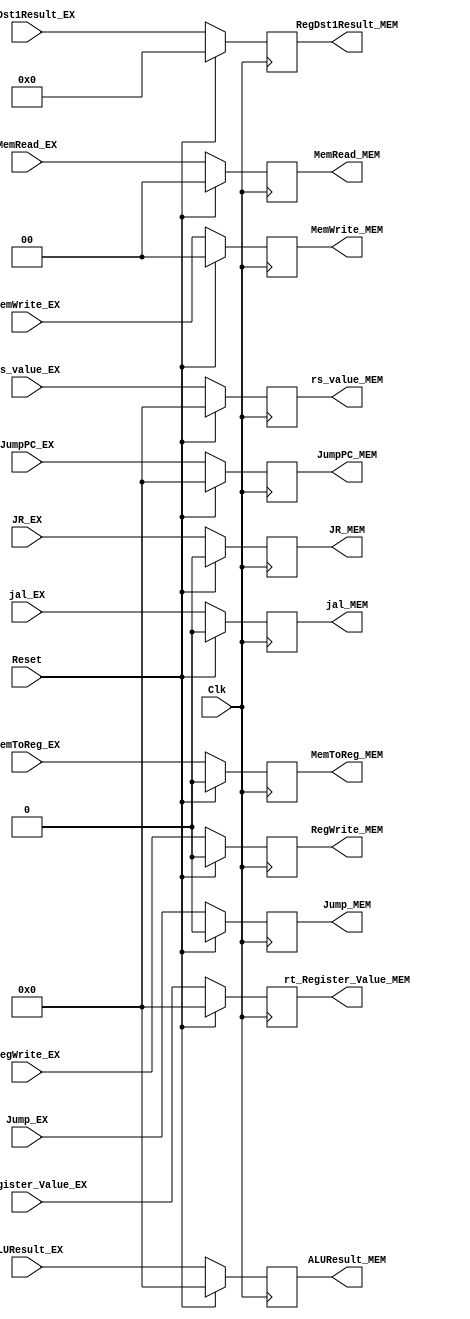
`timescale 1ns / 1ps

// input ALUResult, Zero flag, output of RegDst Mux, Rt_register_value from readdata2, PCPlusOffset
// need branch, MemWrite, MemToReg, MemRead, PCSrc(?)

module EX_MEM_Reg(ALUResult_EX, /*PCPlusOffset_EX,*/ rt_Register_Value_EX,
 RegDst1Result_EX, /*Zero_EX,*/ MemWrite_EX, MemToReg_EX, MemRead_EX, /*Branch_EX,*/ RegWrite_EX, jal_EX, Jump_EX, JR_EX, JumpPC_EX, rs_value_EX,
 ALUResult_MEM, /*PCPlusOffset_MEM,*/ rt_Register_Value_MEM,
 RegDst1Result_MEM, /*Zero_MEM,*/ MemWrite_MEM, MemToReg_MEM, MemRead_MEM, /*Branch_MEM,*/ RegWrite_MEM, jal_MEM, Jump_MEM, JR_MEM, JumpPC_MEM, rs_value_MEM, Clk, Reset);

input Reset;
input Clk;
input /*Branch_EX,*/ MemToReg_EX, /*Zero_EX,*/ RegWrite_EX, jal_EX, Jump_EX, JR_EX; // control signals
input [1:0] MemRead_EX, MemWrite_EX;
input [4:0] RegDst1Result_EX;
input [31:0] ALUResult_EX, rt_Register_Value_EX, /*PCPlusOffset_EX,*/ JumpPC_EX, rs_value_EX;

output reg /*Branch_MEM,*/ MemToReg_MEM, /*Zero_MEM,*/ RegWrite_MEM;
output reg [1:0] MemRead_MEM, MemWrite_MEM;
output reg [4:0] RegDst1Result_MEM;
output reg [31:0] ALUResult_MEM, rt_Register_Value_MEM, /*PCPlusOffset_MEM,*/ JumpPC_MEM, rs_value_MEM;
output reg jal_MEM, Jump_MEM, JR_MEM;



 initial begin

    ALUResult_MEM <= 0;
  //  PCPlusOffset_MEM <= 0;
    rt_Register_Value_MEM <= 0;
    RegDst1Result_MEM <= 0;
  //  Zero_MEM <= 0;
    MemWrite_MEM <= 0;
    MemToReg_MEM <= 0;
    MemRead_MEM <= 0;
  //  Branch_MEM <= 0;
    RegWrite_MEM <= 0;

 end

always @(posedge Clk) begin
    if (Reset == 1)begin
            ALUResult_MEM <= 0;
   // PCPlusOffset_MEM <= 0;
    rt_Register_Value_MEM <= 0;
    RegDst1Result_MEM <= 0;
   // Zero_MEM <= 0;
    MemWrite_MEM <= 0;
    MemToReg_MEM <= 0;
    MemRead_MEM <= 0;
   // Branch_MEM <= 0;
    RegWrite_MEM <= 0;
    jal_MEM <= 0;
    Jump_MEM <= 0;
    JR_MEM <= 0;
    JumpPC_MEM <= 0;
    rs_value_MEM <= 0;
 end
 else begin
    ALUResult_MEM <= ALUResult_EX;
   // PCPlusOffset_MEM <= PCPlusOffset_EX;
    rt_Register_Value_MEM <= rt_Register_Value_EX;
    RegDst1Result_MEM <= RegDst1Result_EX;
   // Zero_MEM <= Zero_EX;
    MemWrite_MEM <= MemWrite_EX;
    MemToReg_MEM <= MemToReg_EX;
    MemRead_MEM <= MemRead_EX;
   // Branch_MEM <= Branch_EX;
    RegWrite_MEM <= RegWrite_EX;
    jal_MEM <= jal_EX;
    Jump_MEM <= Jump_EX;
    JR_MEM <= JR_EX;
    JumpPC_MEM <= JumpPC_EX;
    rs_value_MEM <= rs_value_EX;
 end

end

endmodule